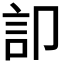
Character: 𮗷